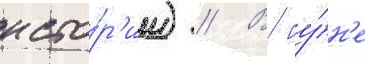
исто́р'ии) // В иу́н'е